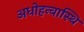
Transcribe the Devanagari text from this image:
अधोहन्वास्थि